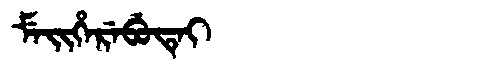
Manchu: ᠮᡝᡳᡥᡝᡵᡝᠪᡠᡨᡝᡳ
Romanization: MEIHEREBUTEI